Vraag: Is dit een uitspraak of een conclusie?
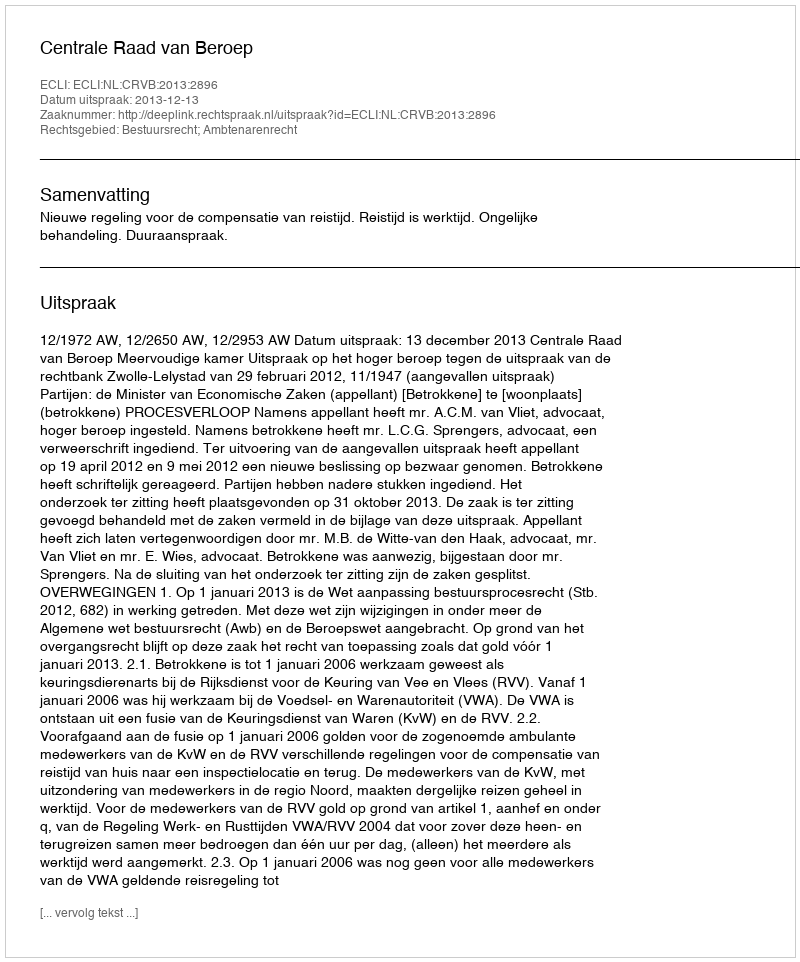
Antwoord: Uitspraak